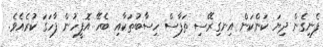
ފެނިގެން ދިޔަ ކަންކަން އިނގިރޭސި ތަފާސް ހިސާބުތަކާއި ބެހޭ އޮފީހުން ފާހަގަ ކުރެއެވެ.